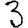
Digit: 3